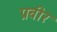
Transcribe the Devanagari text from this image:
प्रबीर